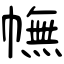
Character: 幠